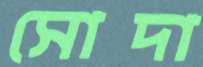
সোদা